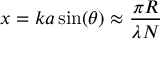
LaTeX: x = k a \sin ( \theta ) \approx { \frac { \pi R } { \lambda N } }